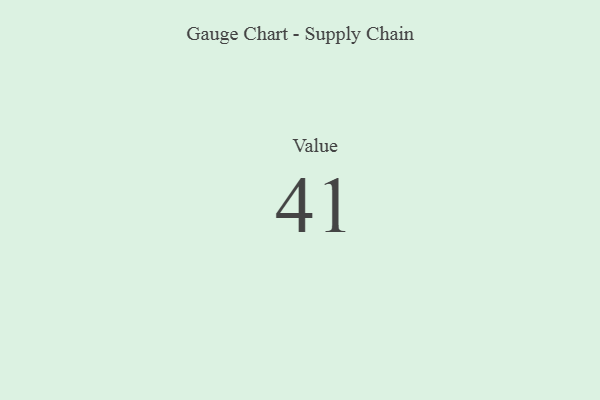
{"axis": {"x": "Metric", "y": "Value"}, "legend": [""], "data": [{"x": "Value", "y": 41, "type": ""}]}